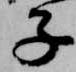
子